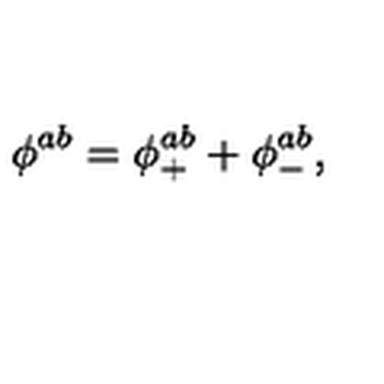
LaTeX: \phi ^ { a b } = \phi _ { + } ^ { a b } + \phi _ { - } ^ { a b } ,